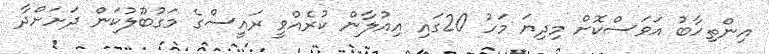
އިންތިހާބު އަވަސްކޮށް މިދިޔަ މަހު 20ގައި އިއުލާން ކުރެއްވީ ރައީސްގެ މަގުބޫލުކަން ދަށަށްދާ